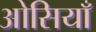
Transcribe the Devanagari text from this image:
ओसियाँ